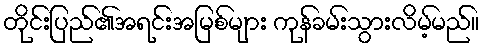
တိုင်းပြည်၏အရင်းအမြစ်များ ကုန်ခမ်းသွားလိမ့်မည်။